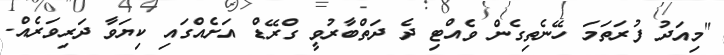
"މިއަދު ފުރަތަމަ ހޭނެތިގެން ވެއްޓި ދެ ދަތްބާރުވީ ގްރޭޑް އަށެއްގައި ކިޔަވާ ދަރިވަރެއް.